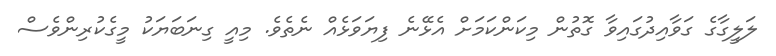
ލަލީގާގެ ގަވާއިދުގައިވާ ގޮތުން މިކަންކަމަށް އެޅޭނެ ފިޔަވަޅެއް ނެތެވެ. މިއީ ގިނަބަޔަކު މީގެކުރިންވެސް